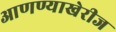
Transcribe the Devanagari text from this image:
आणण्याखेरीज